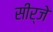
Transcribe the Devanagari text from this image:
सीर्जे